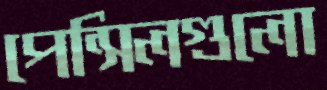
পেন্সিলগুলো